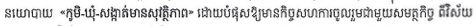
នយោបាយ <<ភូមិ-ឃុំ-សង្កាត់មានសុវត្ថិភាព>> ដោយបំផុសឱ្យមានកិច្ចសហការចូលរួមជាមួយសមត្ថកិច្ច ពីវិស័យ